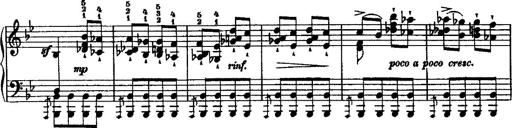
Title: Grande valse di bravura
Composer: Franz Liszt